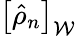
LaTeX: \left[\hat{\rho}_{n}\right]_{\mathcal{W}}